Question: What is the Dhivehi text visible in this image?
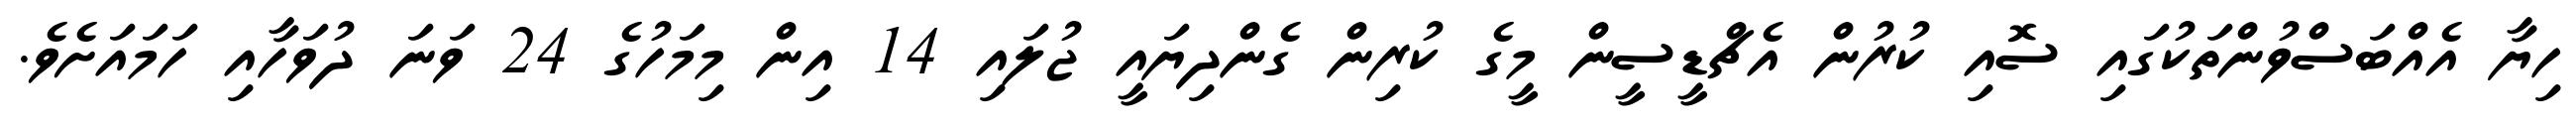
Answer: ހިޔާ އެއްބަސްވުންތަކުގައި ސޮއި ކުރުން އެޗްޑީސީން މީގެ ކުރިން ގެންދިޔައީ ޖުލައި 14 އިން މިމަހުގެ 24 ވަނަ ދުވަހާއި ހަމައަށެވެ.